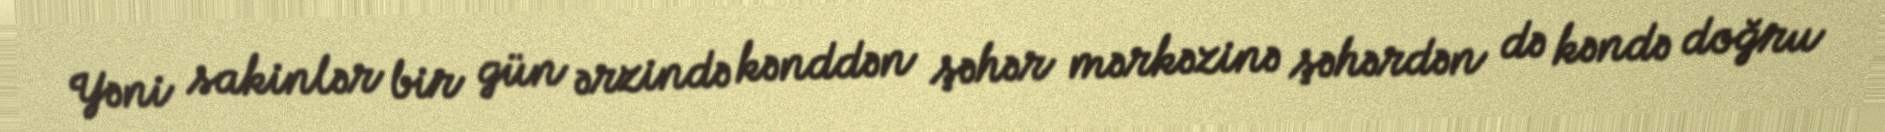
Yəni sakinlər bir gün ərzində kənddən şəhər mərkəzinə şəhərdən də kəndə doğru